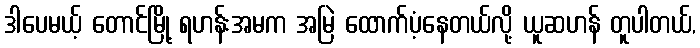
ဒါပေမယ့် တောင်မြို့ ရဟန်းအမက အမြဲ ထောက်ပံ့နေတယ်လို့ ယူဆဟန် တူပါတယ်,